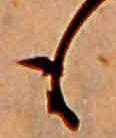
も